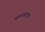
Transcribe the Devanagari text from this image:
काव्याबद्दल